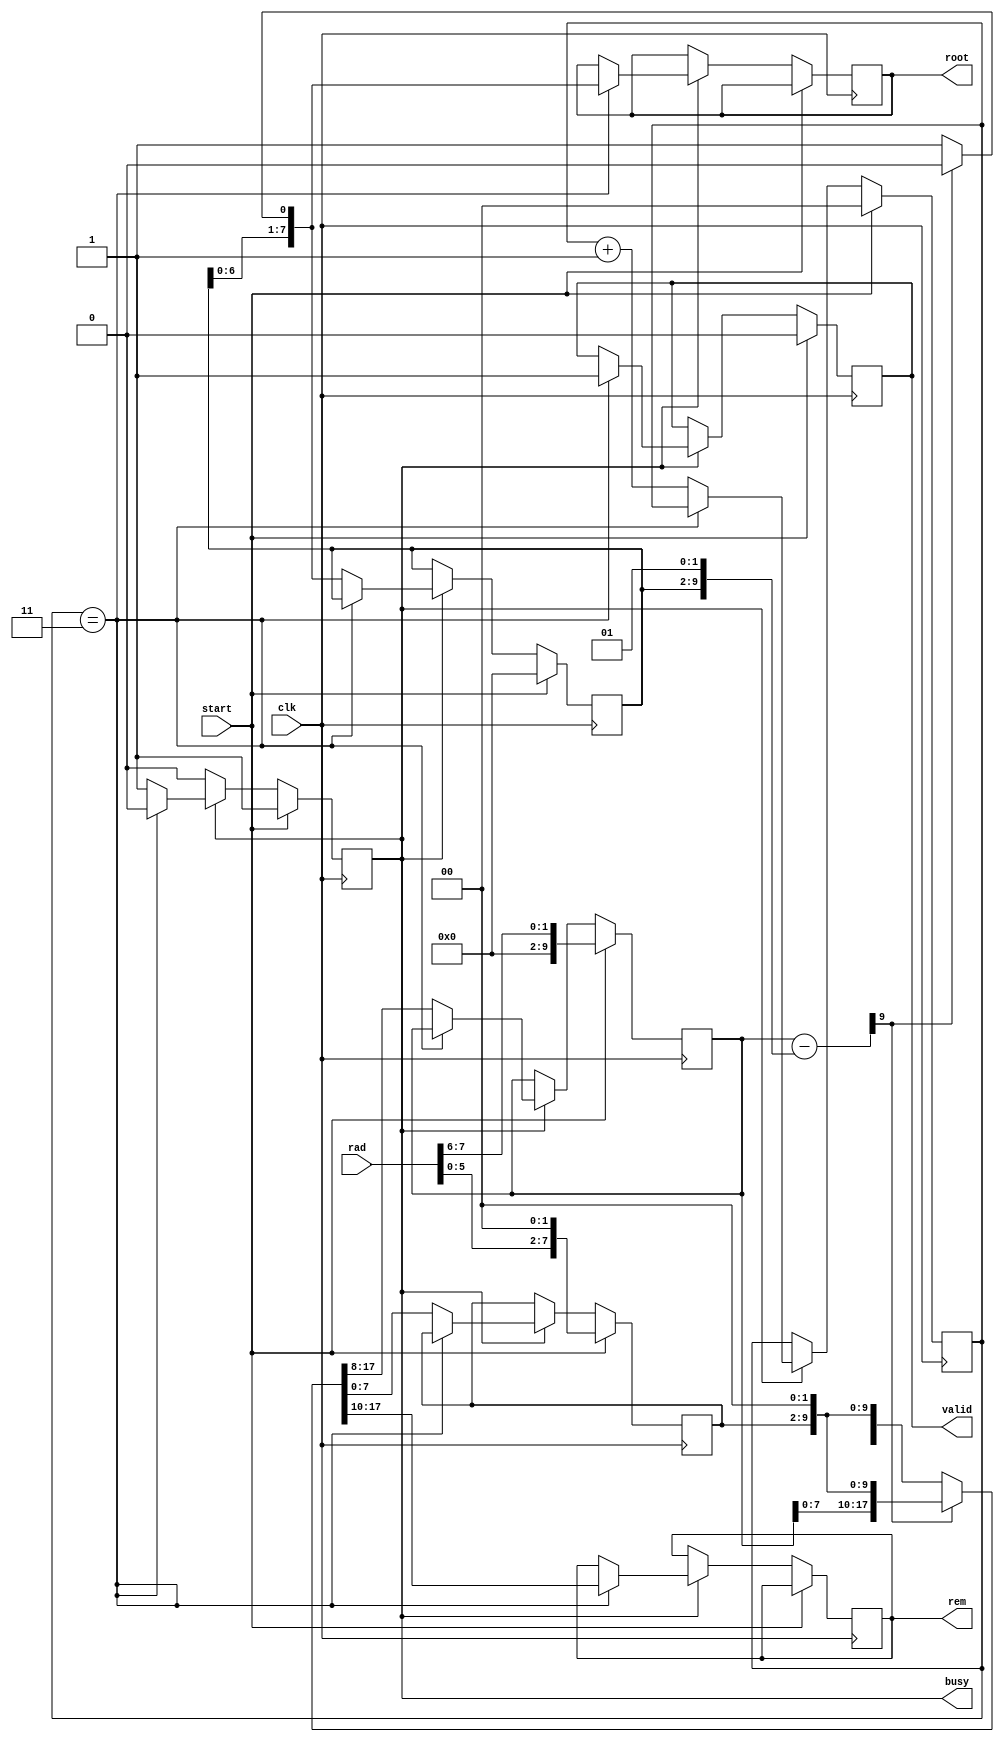
//from https://projectf.io/posts/square-root-in-verilog/
module sqrt #(
    parameter WIDTH = 8,  // width of radicand
    parameter FBITS = 0   // fractional bits (for fixed point)
    ) (
    input wire clk,
    input wire start,              // start signal
    output reg busy,               // calculation in progress
    output reg valid,              // root and rem are valid
    input wire [WIDTH-1:0] rad,    // radicand
    output reg [WIDTH-1:0] root,   // root
    output reg [WIDTH-1:0] rem     // remainder
    );

    reg [WIDTH-1:0] x, x_next;      // radicand copy
    reg [WIDTH-1:0] q, q_next;      // intermediate root (quotient)
    reg [WIDTH+1:0] ac, ac_next;    // accumulator (2 bits wider)
    reg [WIDTH+1:0] test_res;       // sign test result (2 bits wider)

    localparam ITER = (WIDTH + FBITS) >> 1;  // iterations are half radicand+fbits width
    reg [clog2(ITER)-1:0] i;                 // iteration counter

    function integer clog2;
        input integer value;
        integer i;
        begin
            clog2 = 0;
            for (i = value; i > 1; i = i >> 1)
                clog2 = clog2 + 1;
        end
    endfunction

    always @(*) begin
        test_res = ac - {q, 2'b01};
        if (test_res[WIDTH+1] == 0) begin  // test_res 0? (check MSB)
            {ac_next, x_next} = {test_res[WIDTH-1:0], x, 2'b0};
            q_next = {q[WIDTH-2:0], 1'b1};
        end else begin
            {ac_next, x_next} = {ac[WIDTH-1:0], x, 2'b0};
            q_next = q << 1;
        end
    end

    always @(posedge clk) begin
        if (start) begin
            busy <= 1;
            valid <= 0;
            i <= 0;
            q <= 0;
            {ac, x} <= {{WIDTH{1'b0}}, rad, 2'b0};
        end else if (busy) begin
            if (i == ITER-1) begin  // we're done
                busy <= 0;
                valid <= 1;
                root <= q_next;
                rem <= ac_next[WIDTH+1:2];  // undo final shift
            end else begin  // next iteration
                i <= i + 1;
                x <= x_next;
                ac <= ac_next;
                q <= q_next;
            end
        end
    end
endmodule